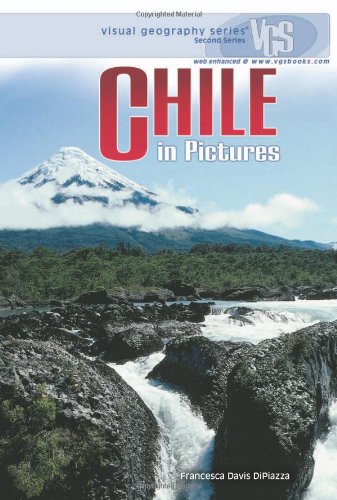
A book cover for Chile in Pictures (Visual Geography. Second Series); Francesca Davis Dipiazza; Children's Books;